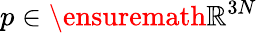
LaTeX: p\in\ensuremath{\mathbb{R}}^{3N}